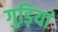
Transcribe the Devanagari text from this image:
गुड़ियां